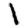
Digit: 1